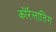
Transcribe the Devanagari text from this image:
कोर्रेलातिंग